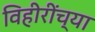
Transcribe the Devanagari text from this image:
विहीरींच्या